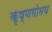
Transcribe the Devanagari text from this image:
कृष्णगोमय